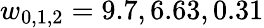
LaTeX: w_{0,1,2}=9.7,6.63,0.31